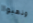
وذهبوا